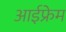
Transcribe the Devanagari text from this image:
आईफ्रेम